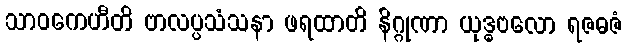
သာဝကေဟီတိ ဗာလပ္ပသံသနာ ဖရထာတိ နိဂ္ဂုဏာ ယုဒ္ဓဗလော ရဇဓဇံ